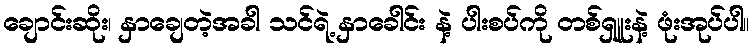
ချောင်းဆိုး၊ နှာချေတဲ့အခါ သင်ရဲ့ နှာခေါင်း နဲ့ ပါးစပ်ကို တစ်ရှူးနဲ့ ဖုံးအုပ်ပါ။